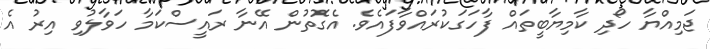
ޖަމިއްޔާ ހޯދި ކާމިޔާބީތައް ފާހަގަކުރައްވާފައެވެ. އެގޮތުން އޭނާ ރައީސްކަމާ ހަވާލުވި އިރު އެ